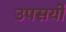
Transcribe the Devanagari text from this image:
उपसर्यों